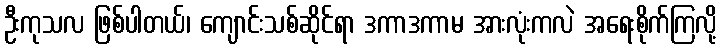
ဦးကုသလ ဖြစ်ပါတယ်၊ ကျောင်းသစ်ဆိုင်ရာ ဒကာဒကာမ အားလုံးကလဲ အရေးစိုက်ကြလို့